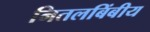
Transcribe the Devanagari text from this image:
नितलबिंबीय